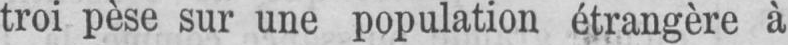
troi pèse sur une population étrangère à